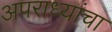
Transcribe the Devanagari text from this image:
अपराध्यांचा